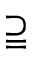
\supseteqq